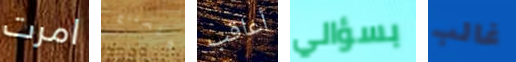
امرت ونحتاج أعاقب بسؤالي غالب